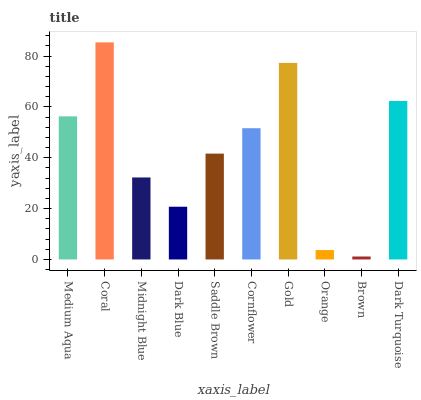
| xaxis_label | bars |
 | --- | --- |
 | Medium Aqua | 56.3 |
 | Coral | 85.4 |
 | Midnight Blue | 32.2 |
 | Dark Blue | 20.7 |
 | Saddle Brown | 41.6 |
 | Cornflower | 51.6 |
 | Gold | 77.3 |
 | Orange | 3.7 |
 | Brown | 1.16 |
 | Dark Turquoise | 62.3 |